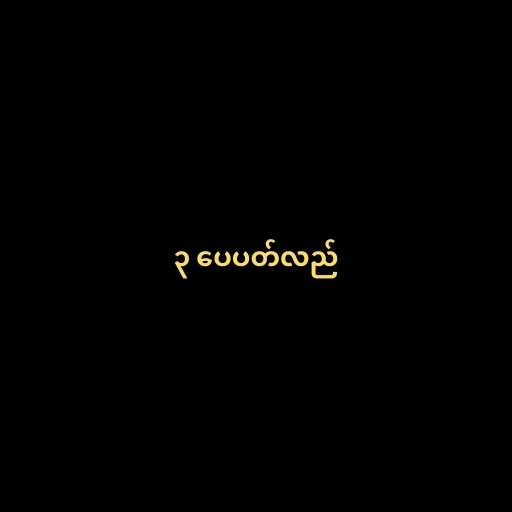
၃ ပေပတ်လည်